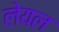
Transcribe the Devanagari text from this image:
लेयल